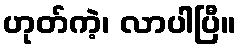
ဟုတ်ကဲ့၊ လာပါပြီ။